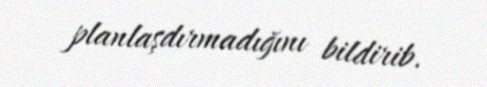
planlaşdırmadığını bildirib.